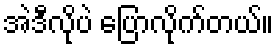
အဲဒီလိုပဲ ပြောလိုက်တယ်။